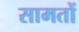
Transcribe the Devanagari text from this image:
सामतों